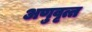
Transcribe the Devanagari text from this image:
अणुवृत्त